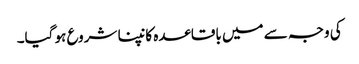
کی وجہ سے میں باقاعدہ کانپنا شروع ہو گیا۔